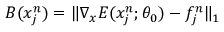
B ( x _ { j } ^ { n } ) = \| \nabla _ { x } E ( x _ { j } ^ { n } ; \theta _ { 0 } ) - f _ { j } ^ { n } \| _ { 1 }